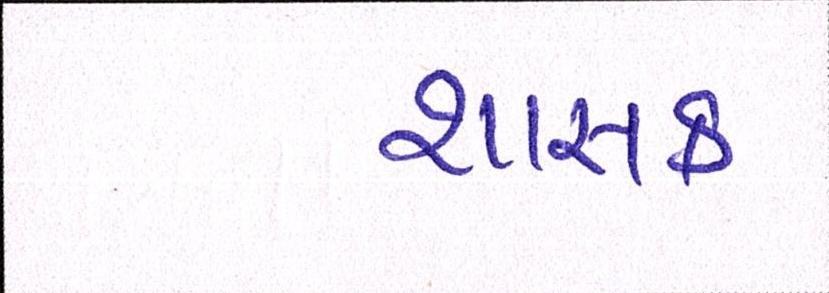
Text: શાસક